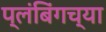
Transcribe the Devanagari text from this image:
प्लंबिंगच्या